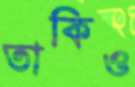
তাকিও